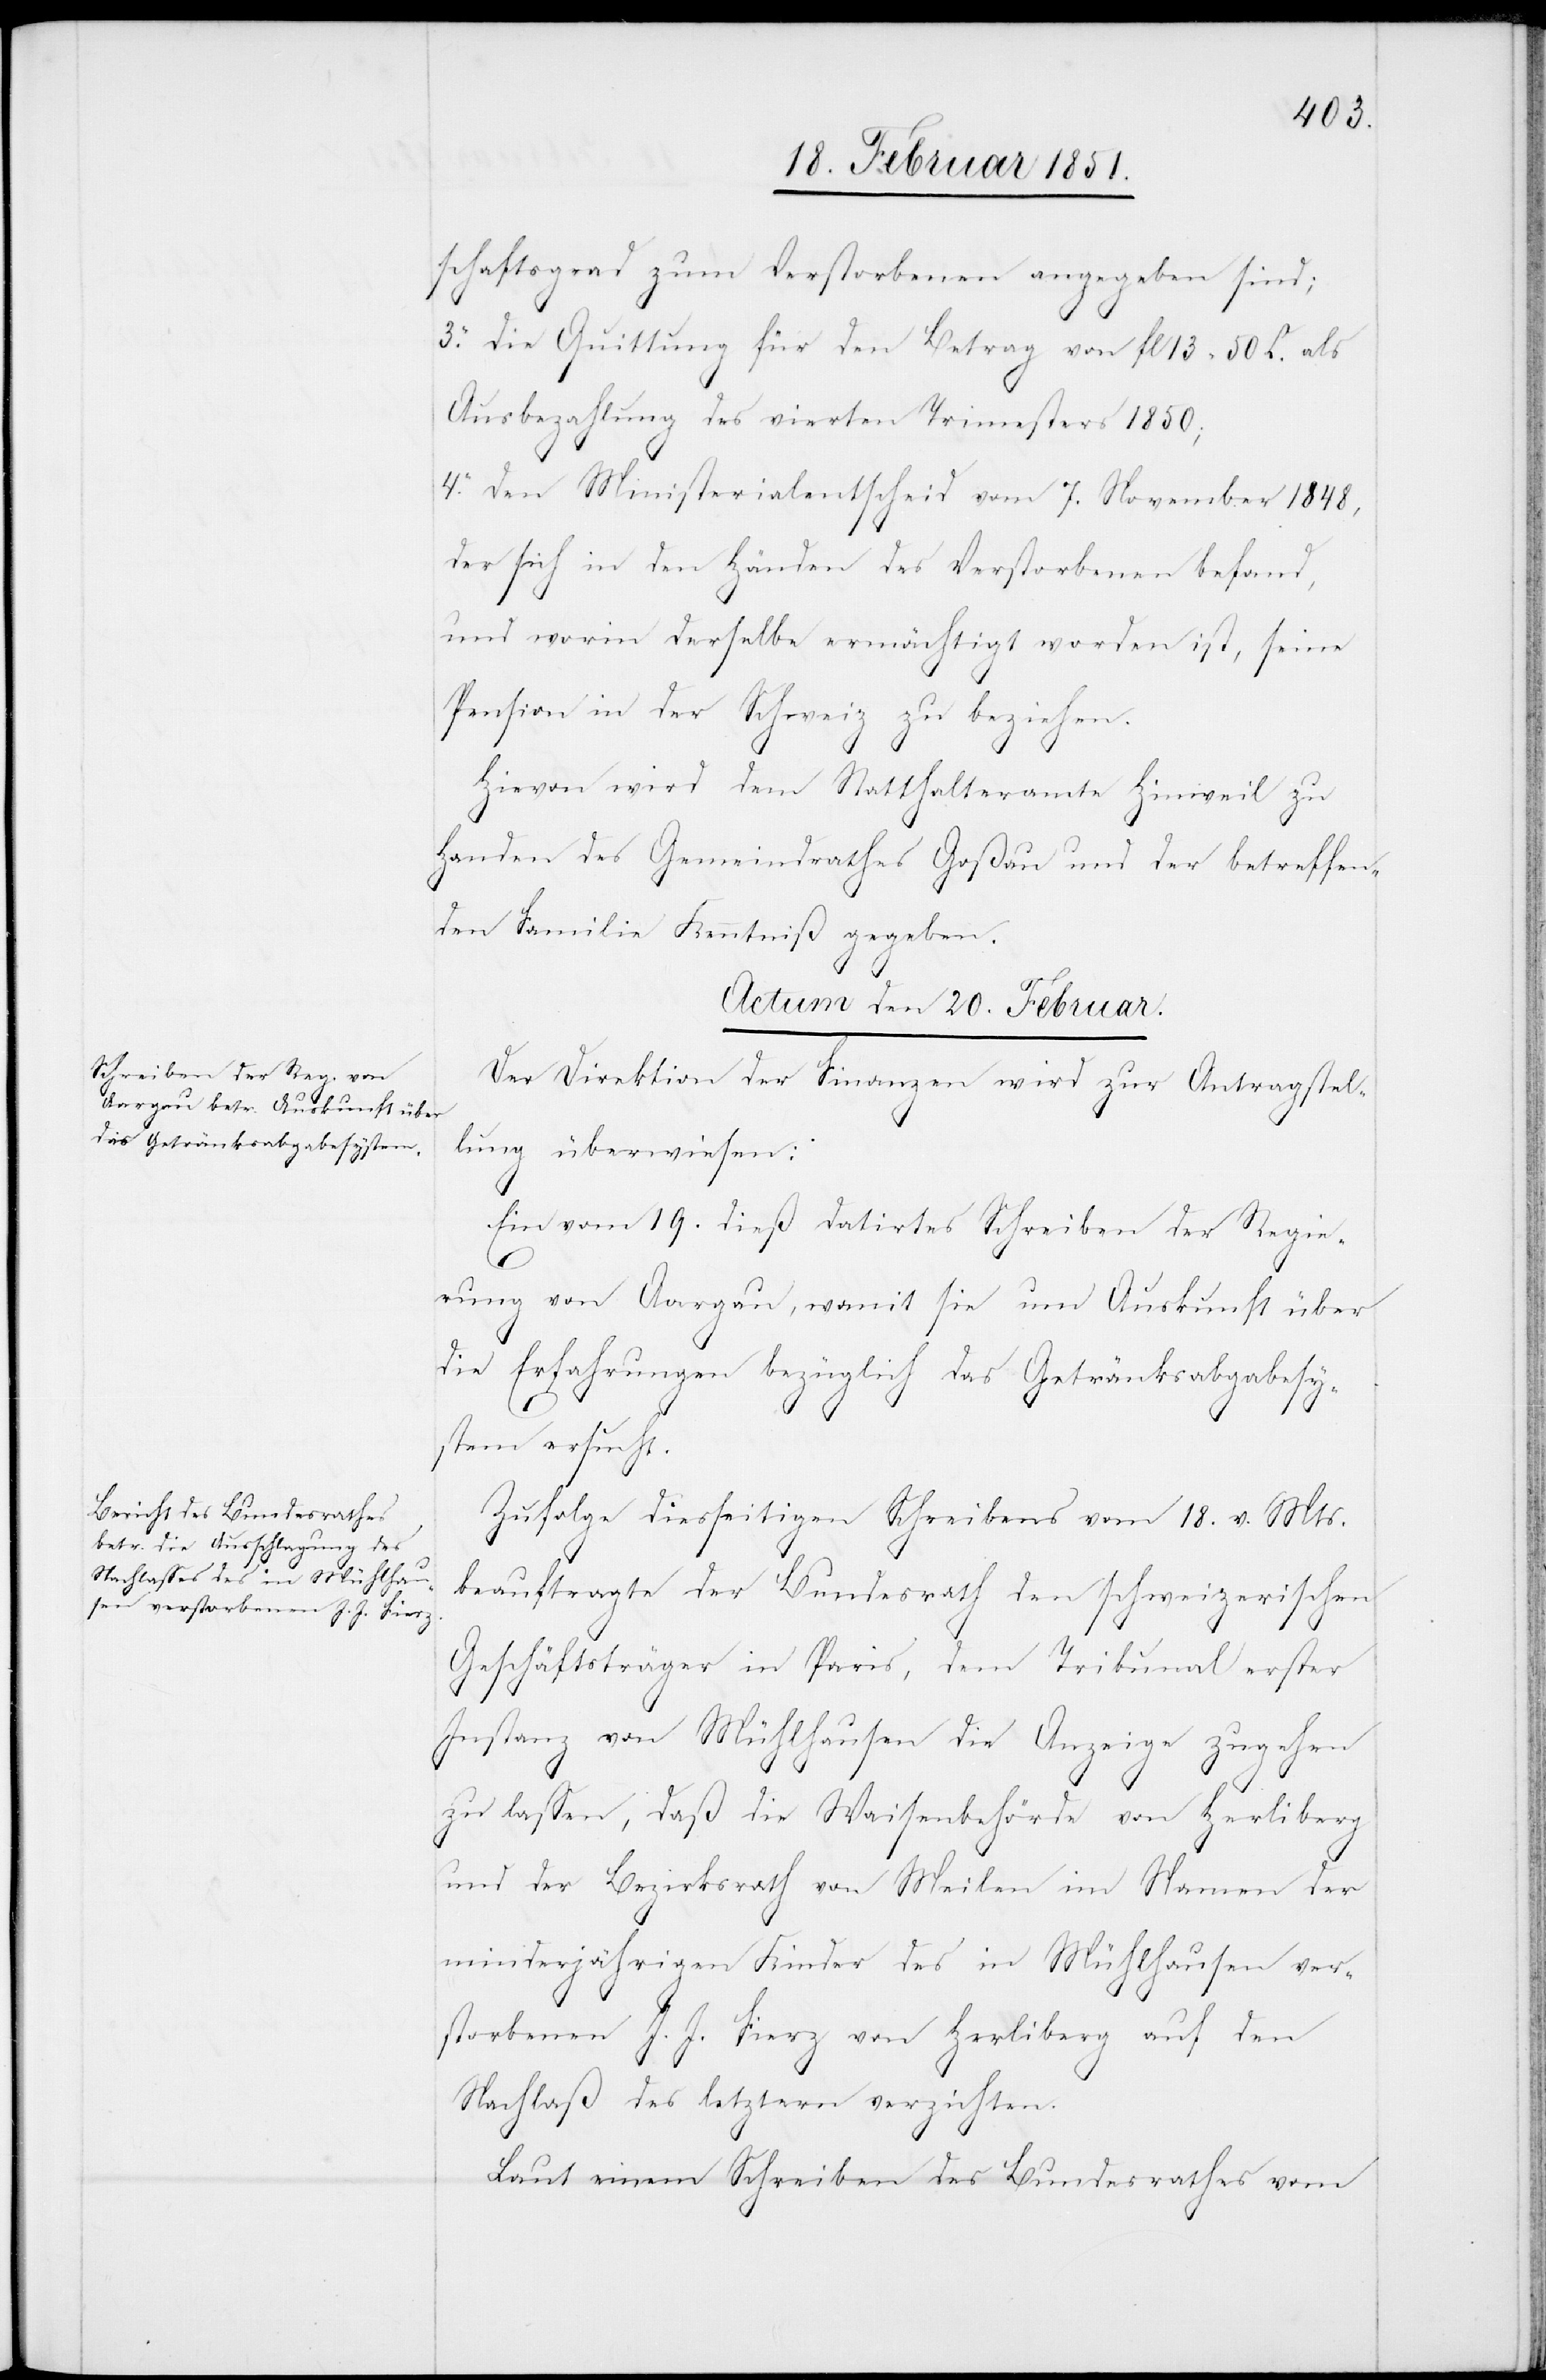
schaftsgrad zum Verstorbenen angegeben sind;
3. die Quittung für den Betrag von fl 13 50 C. als
Ausbezahlung des vierten Trimesters 1850;
4. den Ministerialentscheid vom 7. November 1848,
der sich in den Händen des Verstorbenen befand,
und worin derselbe ermächtigt worden ist, seine
Pension in der Schweiz zu beziehen.
Hievon wird dem Statthalteramte Hinweil zu
Handen des Gemeindrathes Goßau und der betreffen¬
den Familie Kenntniß gegeben.
Actum den 20. Februar.]
Der Direktion der Finanzen wird zur Antragstel¬
lung überwiesen:
Ein vom 19. dieß datirtes Schreiben der Regie¬
rung von Aargau, womit sie um Auskunft über
die Erfahrungen bezüglich das Getränksabgabesy¬
stem ersucht.
Zufolge diesseitigen Schreibens vom 18. v. Mts.
beauftragte der Bundesrath den schweizerischen
Geschäftsträger in Paris, dem Tribunal erster
Instanz von Mühlhausen die Anzeige zugehen
zu lassen, daß die Waisenbehörde von Her[r]liberg
und der Bezirksrath von Meilen im Namen der
minderjährigen Kinder des in Mühlhausen ver¬
storbenen J. J. Fierz von Her[r]liberg auf den
Nachlaß des letztern verzichten.
Laut einem Schreiben des Bundesrathes vom